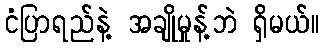
ငံပြာရည်နဲ့ အချိုမှုန့်ဘဲ ရှိမယ်။